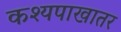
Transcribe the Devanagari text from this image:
कश्यपाखातर